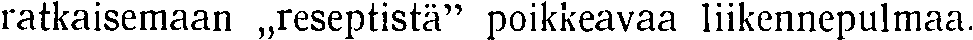
ratkaisemaan ,,reseptistä'' poikkeavaa liikennepulmaa.